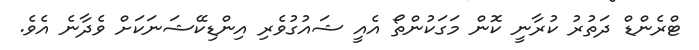
ޓްރެންޑް ދަތުރު ކުރާނީ ކޮން މަގަކުންތޯ އެއީ ޝައުގުވެރި އިންޑިކޭޝަނަކަށް ވެދާނެ އެވެ.